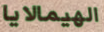
الهيمالايا